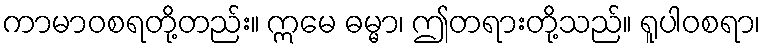
ကာမာဝစရတို့တည်း။ ဣမေ ဓမ္မာ၊ ဤတရားတို့သည်။ ရူပါဝစရာ၊